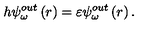
h \psi _ { \omega } ^ { o u t } \left( r \right) = \varepsilon \psi _ { \omega } ^ { o u t } \left( r \right) .